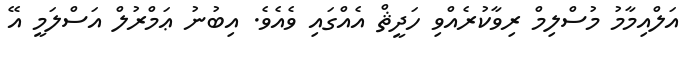
އަލްއިމާމު މުސްލިމް ރިވާކުރެއްވި ހަދީޘް އެއްގައި ވެއެވެ. އިބުނު ޢަމްރުލް އަސްލަމީ އޭ